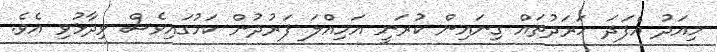
މިއަދު އެފަދަ ހަރަދުތައް ގިނައިން ކުރަނީ އަމިއްލަ ފަރުދުން ކަމުގައިވެސް ވިދާޅުވި އެވެ.